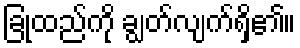
ခြုံထည်ကို ချွတ်လျက်ရှိ၏။